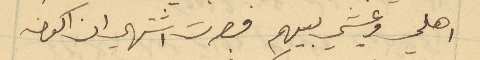
اهلي وعيشي بينهم فصرت اشتهي ان اكون